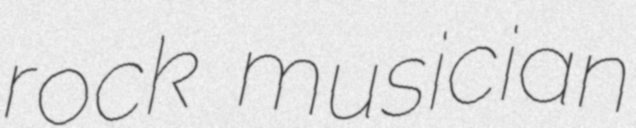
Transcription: rock musician